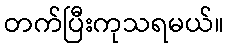
တက်ပြီးကုသရမယ်။